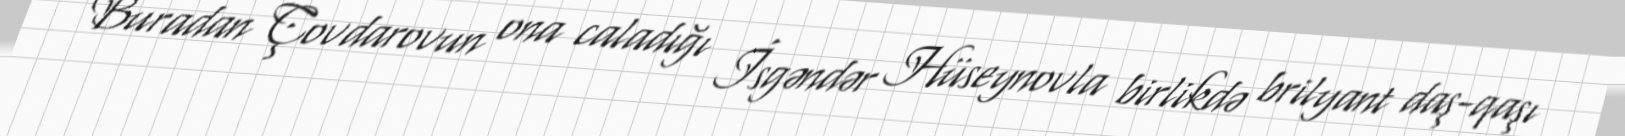
Buradan Çovdarovun ona caladığı İsgəndər Hüseynovla birlikdə brilyant daş-qaşı